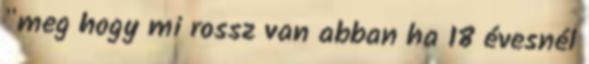
"meg hogy mi rossz van abban ha 18 évesnél